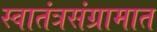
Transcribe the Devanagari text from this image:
स्वातंत्रसंग्रामात